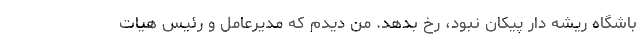
باشگاه ریشه دار پیکان نبود، رخ بدهد. من دیدم که مدیرعامل و رئیس هیات